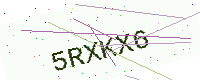
Text: 5RXKX6